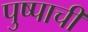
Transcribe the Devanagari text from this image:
पुष्पाची